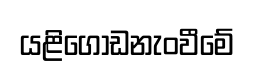
යළිගොඩනැංවීමේ